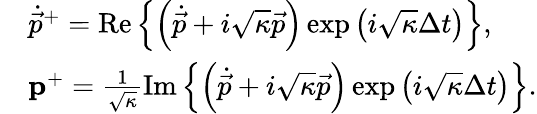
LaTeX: \begin{array}{rl}&{\dot{\vec{p}}^{+}=\operatorname{Re}\left\{ \left(\dot{\vec{p}}+i\sqrt{\kappa}\vec{p}\right)\exp\left(i\sqrt{\kappa}\Delta t\right)\right\} ,}\\ &{\mathbf{p}^{+}=\frac{1}{\sqrt{\kappa}}\operatorname{Im}\left\{ \left(\dot{\vec{p}}+i\sqrt{\kappa}\vec{p}\right)\exp\left(i\sqrt{\kappa}\Delta t\right)\right\} .}\end{array}